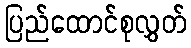
ပြည်ထောင်စုလွှတ်